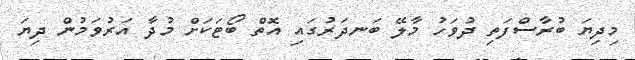
މިދިޔަ ބުރާސްފަތި ދުވަހު މާލޭ ބަނދަރުގައި އޮތް ބޯޓަކަށް މުދާ އަރުވަމުން ދިޔަ